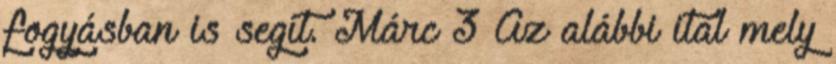
fogyásban is segít. Márc 3 Az alábbi ital mely